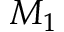
M _ { 1 }